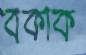
বকাক